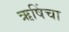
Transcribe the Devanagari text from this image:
ऋषिंचा